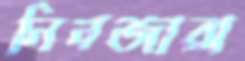
নিনজারা